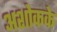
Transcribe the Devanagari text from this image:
अशोकके